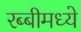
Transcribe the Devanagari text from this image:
रब्बीमध्ये